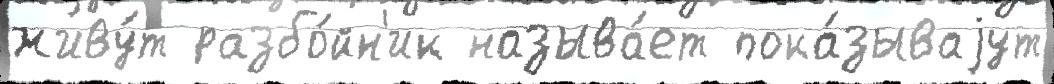
живу́т разбо́йн'ик называ́ет пока́зываjут